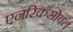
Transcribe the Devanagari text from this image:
एनरिकसोबत